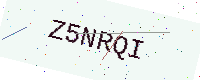
Text: Z5NRQI